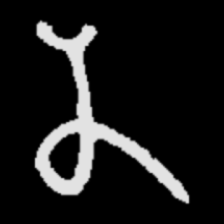
Pyu character \u2014 Myanmar letter: န (romanized: na)